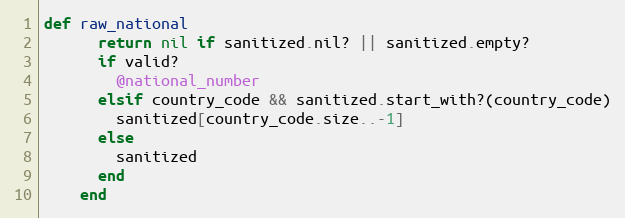
Language: Ruby
def raw_national
      return nil if sanitized.nil? || sanitized.empty?
      if valid?
        @national_number
      elsif country_code && sanitized.start_with?(country_code)
        sanitized[country_code.size..-1]
      else
        sanitized
      end
    end